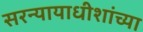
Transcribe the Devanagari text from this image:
सरन्यायाधीशांच्या